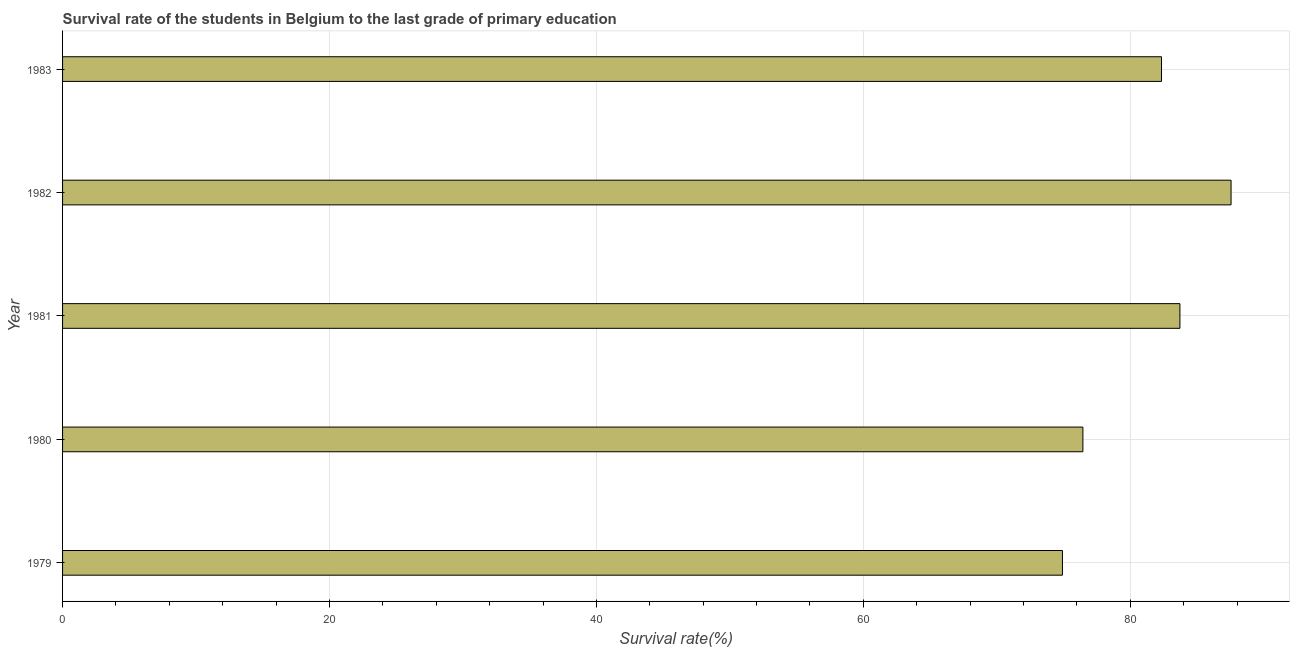
| Year | Primary Education |
 | --- | --- |
 | 1979 | 74.9 |
 | 1980 | 76.5 |
 | 1981 | 83.7 |
 | 1982 | 87.6 |
 | 1983 | 82.3 |